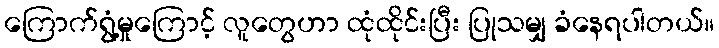
ကြောက်ရွံ့မှုကြောင့် လူတွေဟာ ထုံထိုင်းပြီး ပြုသမျှ ခံနေရပါတယ်။